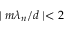
\mid m \lambda _ { n } / d \mid < 2